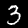
Label: 3